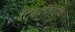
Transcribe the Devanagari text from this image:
टिड्लीविकि